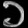
Digit: ၁